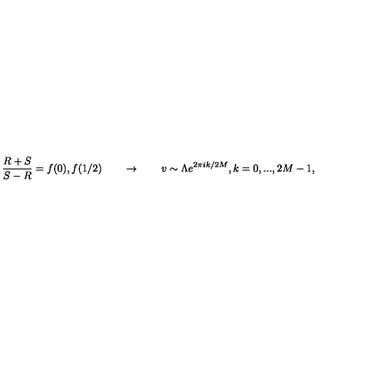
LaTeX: { \frac { R + S } { S - R } } = f ( 0 ) , f ( 1 / 2 ) \qquad \rightarrow \qquad v \sim \Lambda e ^ { 2 \pi i k / 2 M } , k = 0 , . . . , 2 M - 1 ,